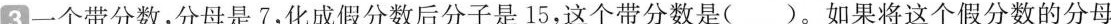
3一个带分数，分母是7，化成假分数后分子是15，这个带分数是( )。如果将这个假分数的分母